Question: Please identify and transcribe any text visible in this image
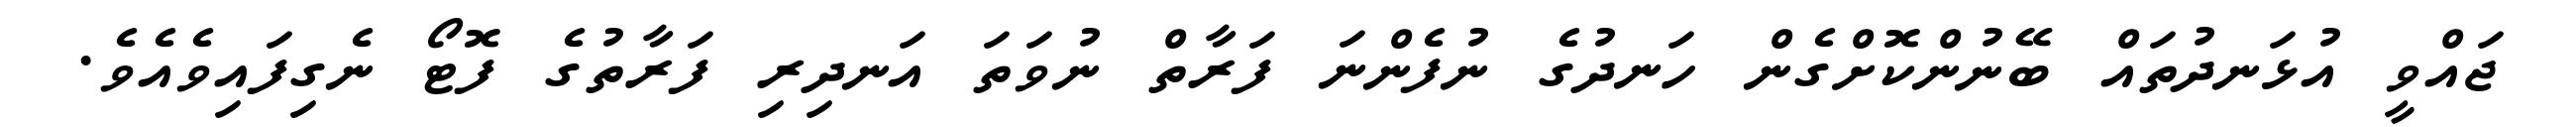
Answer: ޖައްވީ އުޅަނދުތައް ބޭނުންކޮށްގެން ހަނދުގެ ނުފެންނަ ފަރާތް ނުވަތަ އަނދިރި ފަރާތުގެ ފޮޓޯ ނެގިފައިވެއެވެ.